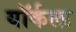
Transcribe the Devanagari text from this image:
यॉर्कला